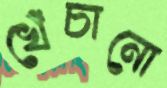
খেঁচানো